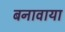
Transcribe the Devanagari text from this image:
बनावाया